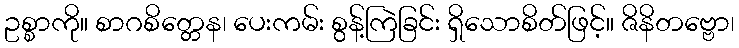
ဥစ္စာကို။ စာဂစိတ္တေန၊ ပေးကမ်း စွန့်ကြဲခြင်း ရှိသောစိတ်ဖြင့်။ ဇိနိတဗ္ဗော၊